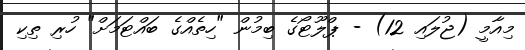
މިއާމީ (ޖުލައި 12) - ޕްލޫޓޯގެ ބިމުން "ހިތެއްގެ ބައްޓަމަށް" ހުރި ތިކި